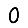
Digit: 0